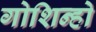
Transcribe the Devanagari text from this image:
गोशिन्हो